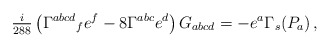
\begin{align*}{\textstyle\frac{i}{288}}\left(\Gamma^{abcd}{}_{f} e^{f}-8\Gamma^{abc}e^{d} \right)G_{abcd}=-e^{a}\Gamma_{s}(P_{a})\, ,\end{align*}